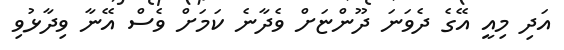
އަދި މިއީ އޭގެ ދެވަނަ ދޫންޏަށް ވެދާނެ ކަމަށް ވެސް އޭނާ ވިދާޅުވި